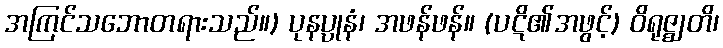
အကြင်သဘောတရားသည်။) ပုနပ္ပုနံ၊ အဖန်ဖန်။ (ပဋိ၏အဖွင့်) ဝိရုဇ္ဈတိ၊